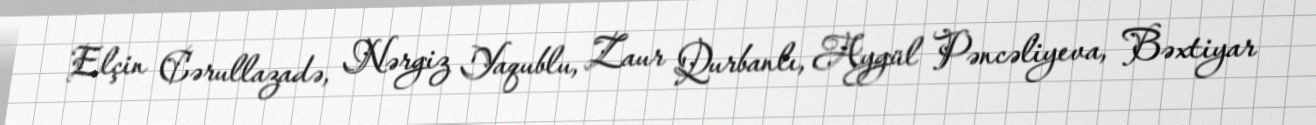
Elçin Cərullazadə, Nərgiz Yaqublu, Zaur Qurbanlı, Aygül Pəncəliyeva, Bəxtiyar